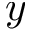
y